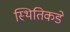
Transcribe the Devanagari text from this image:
स्थितिकडे